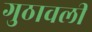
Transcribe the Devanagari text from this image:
गुठावली